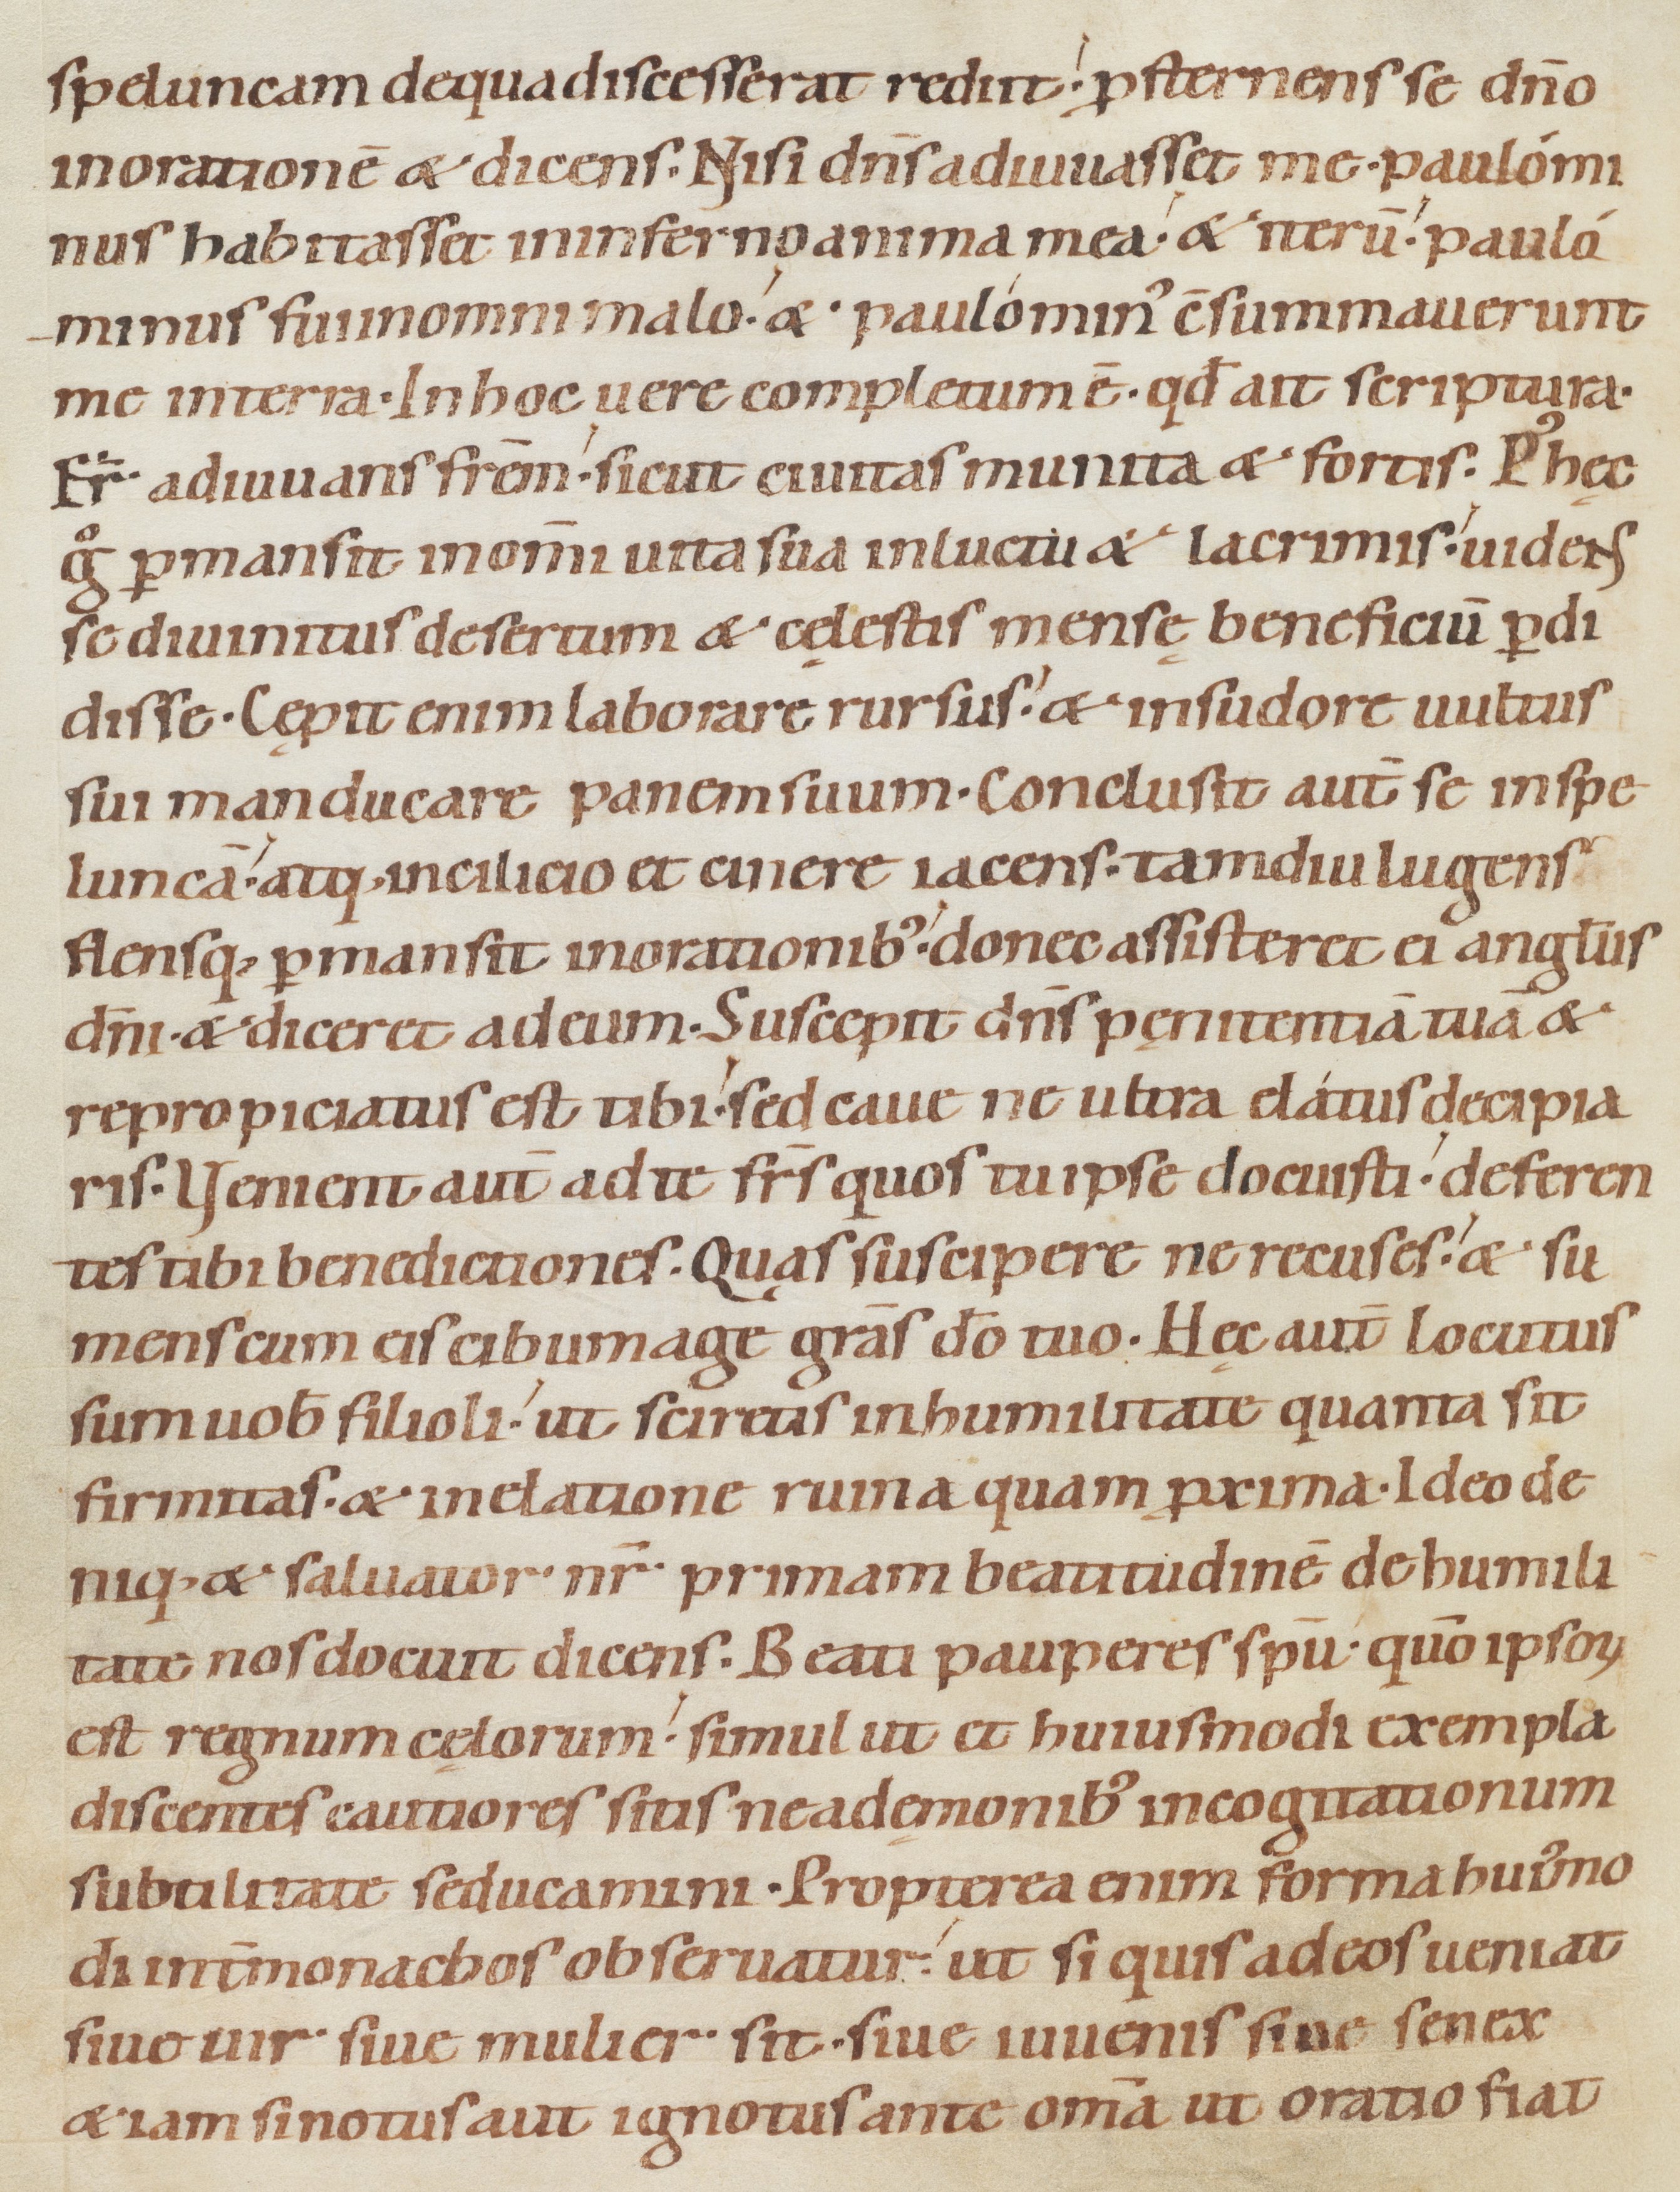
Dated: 1080–1096